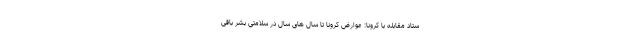
ستاد مقابله با کرونا: عوارض کرونا تا سال های سال در سلامتی بشر باقی